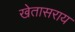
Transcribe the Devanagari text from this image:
खेतासराय